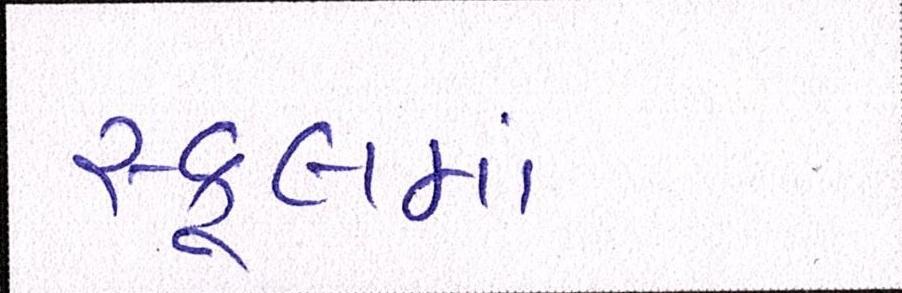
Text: સ્કૂલમાં